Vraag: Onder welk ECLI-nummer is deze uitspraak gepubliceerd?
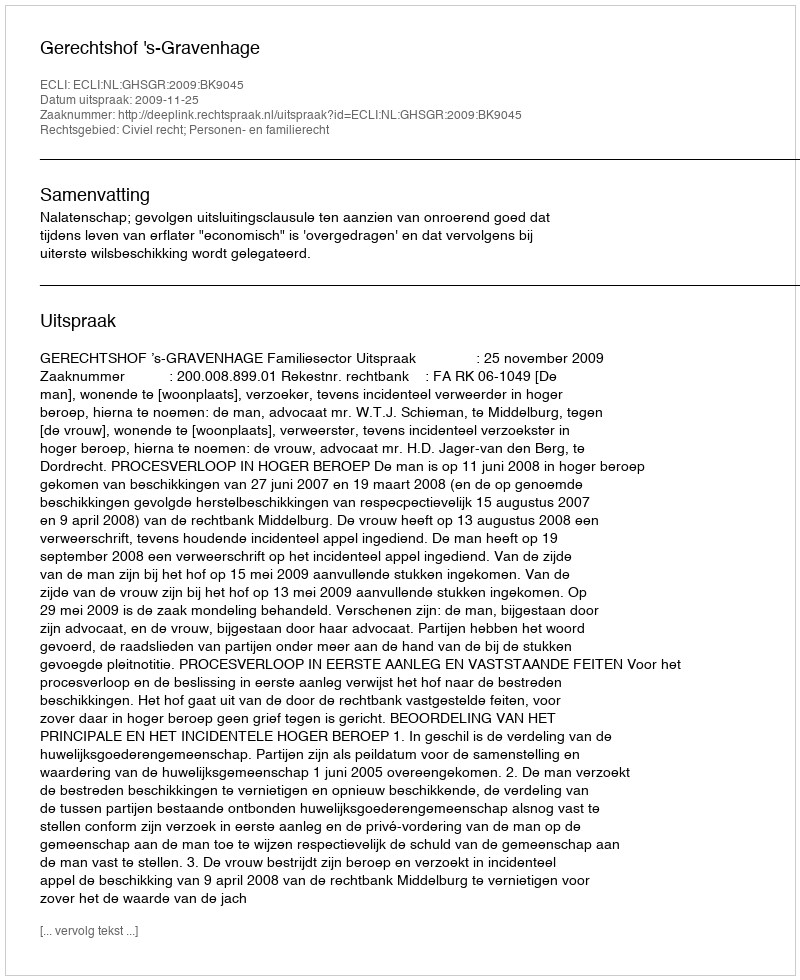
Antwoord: ECLI:NL:GHSGR:2009:BK9045